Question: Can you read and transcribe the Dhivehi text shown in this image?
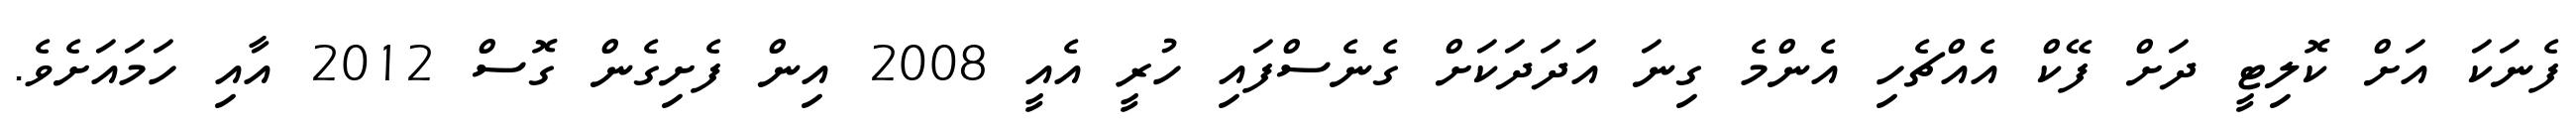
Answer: ފެނަކަ އަށް ކޮލިޓީ ދަށް ފޭކް އެއްޗެހި އެންމެ ގިނަ އަދަދަކަށް ގެނެސްފައި ހުރީ އެއީ 2008 އިން ފެށިގެން ގޮސް 2012 އާއި ހަމައަށެވެ.